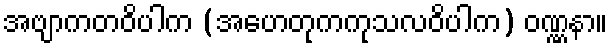
အဗျာကတဝိပါက (အဟေတုကကုသလဝိပါက) ဝဏ္ဏနာ။